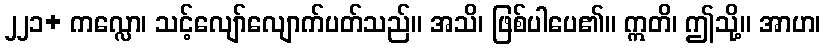
၂၂၁+ ကလ္လော၊ သင့်လျော်လျောက်ပတ်သည်။ အသိ၊ ဖြစ်ပါပေ၏။ ဣတိ၊ ဤသို့။ အာဟ၊